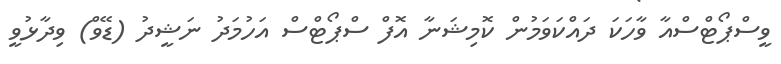
ވީސްޕޯޓްސްއާ ވާހަކަ ދައްކަވަމުން ކޮމިޝަނާ އޮފް ސްޕޯޓްސް އަހުމަދު ނަޝީދު (ޑޭވް) ވިދާޅުވީ